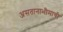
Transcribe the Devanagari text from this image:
असतानाभीमाची